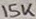
Text: 15K